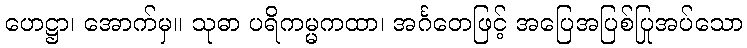
ဟေဋ္ဌာ၊ အောက်မှ။ သုဓာ ပရိကမ္မကထာ၊ အင်္ဂတေဖြင့် အပြေအပြစ်ပြုအပ်သော